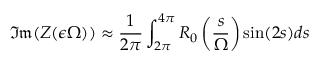
\mathfrak { I m } ( Z ( \epsilon \Omega ) ) \approx \displaystyle \frac { 1 } { 2 \pi } \int _ { 2 \pi } ^ { 4 \pi } R _ { 0 } \left( \frac { s } { \Omega } \right) \sin ( 2 s ) d s